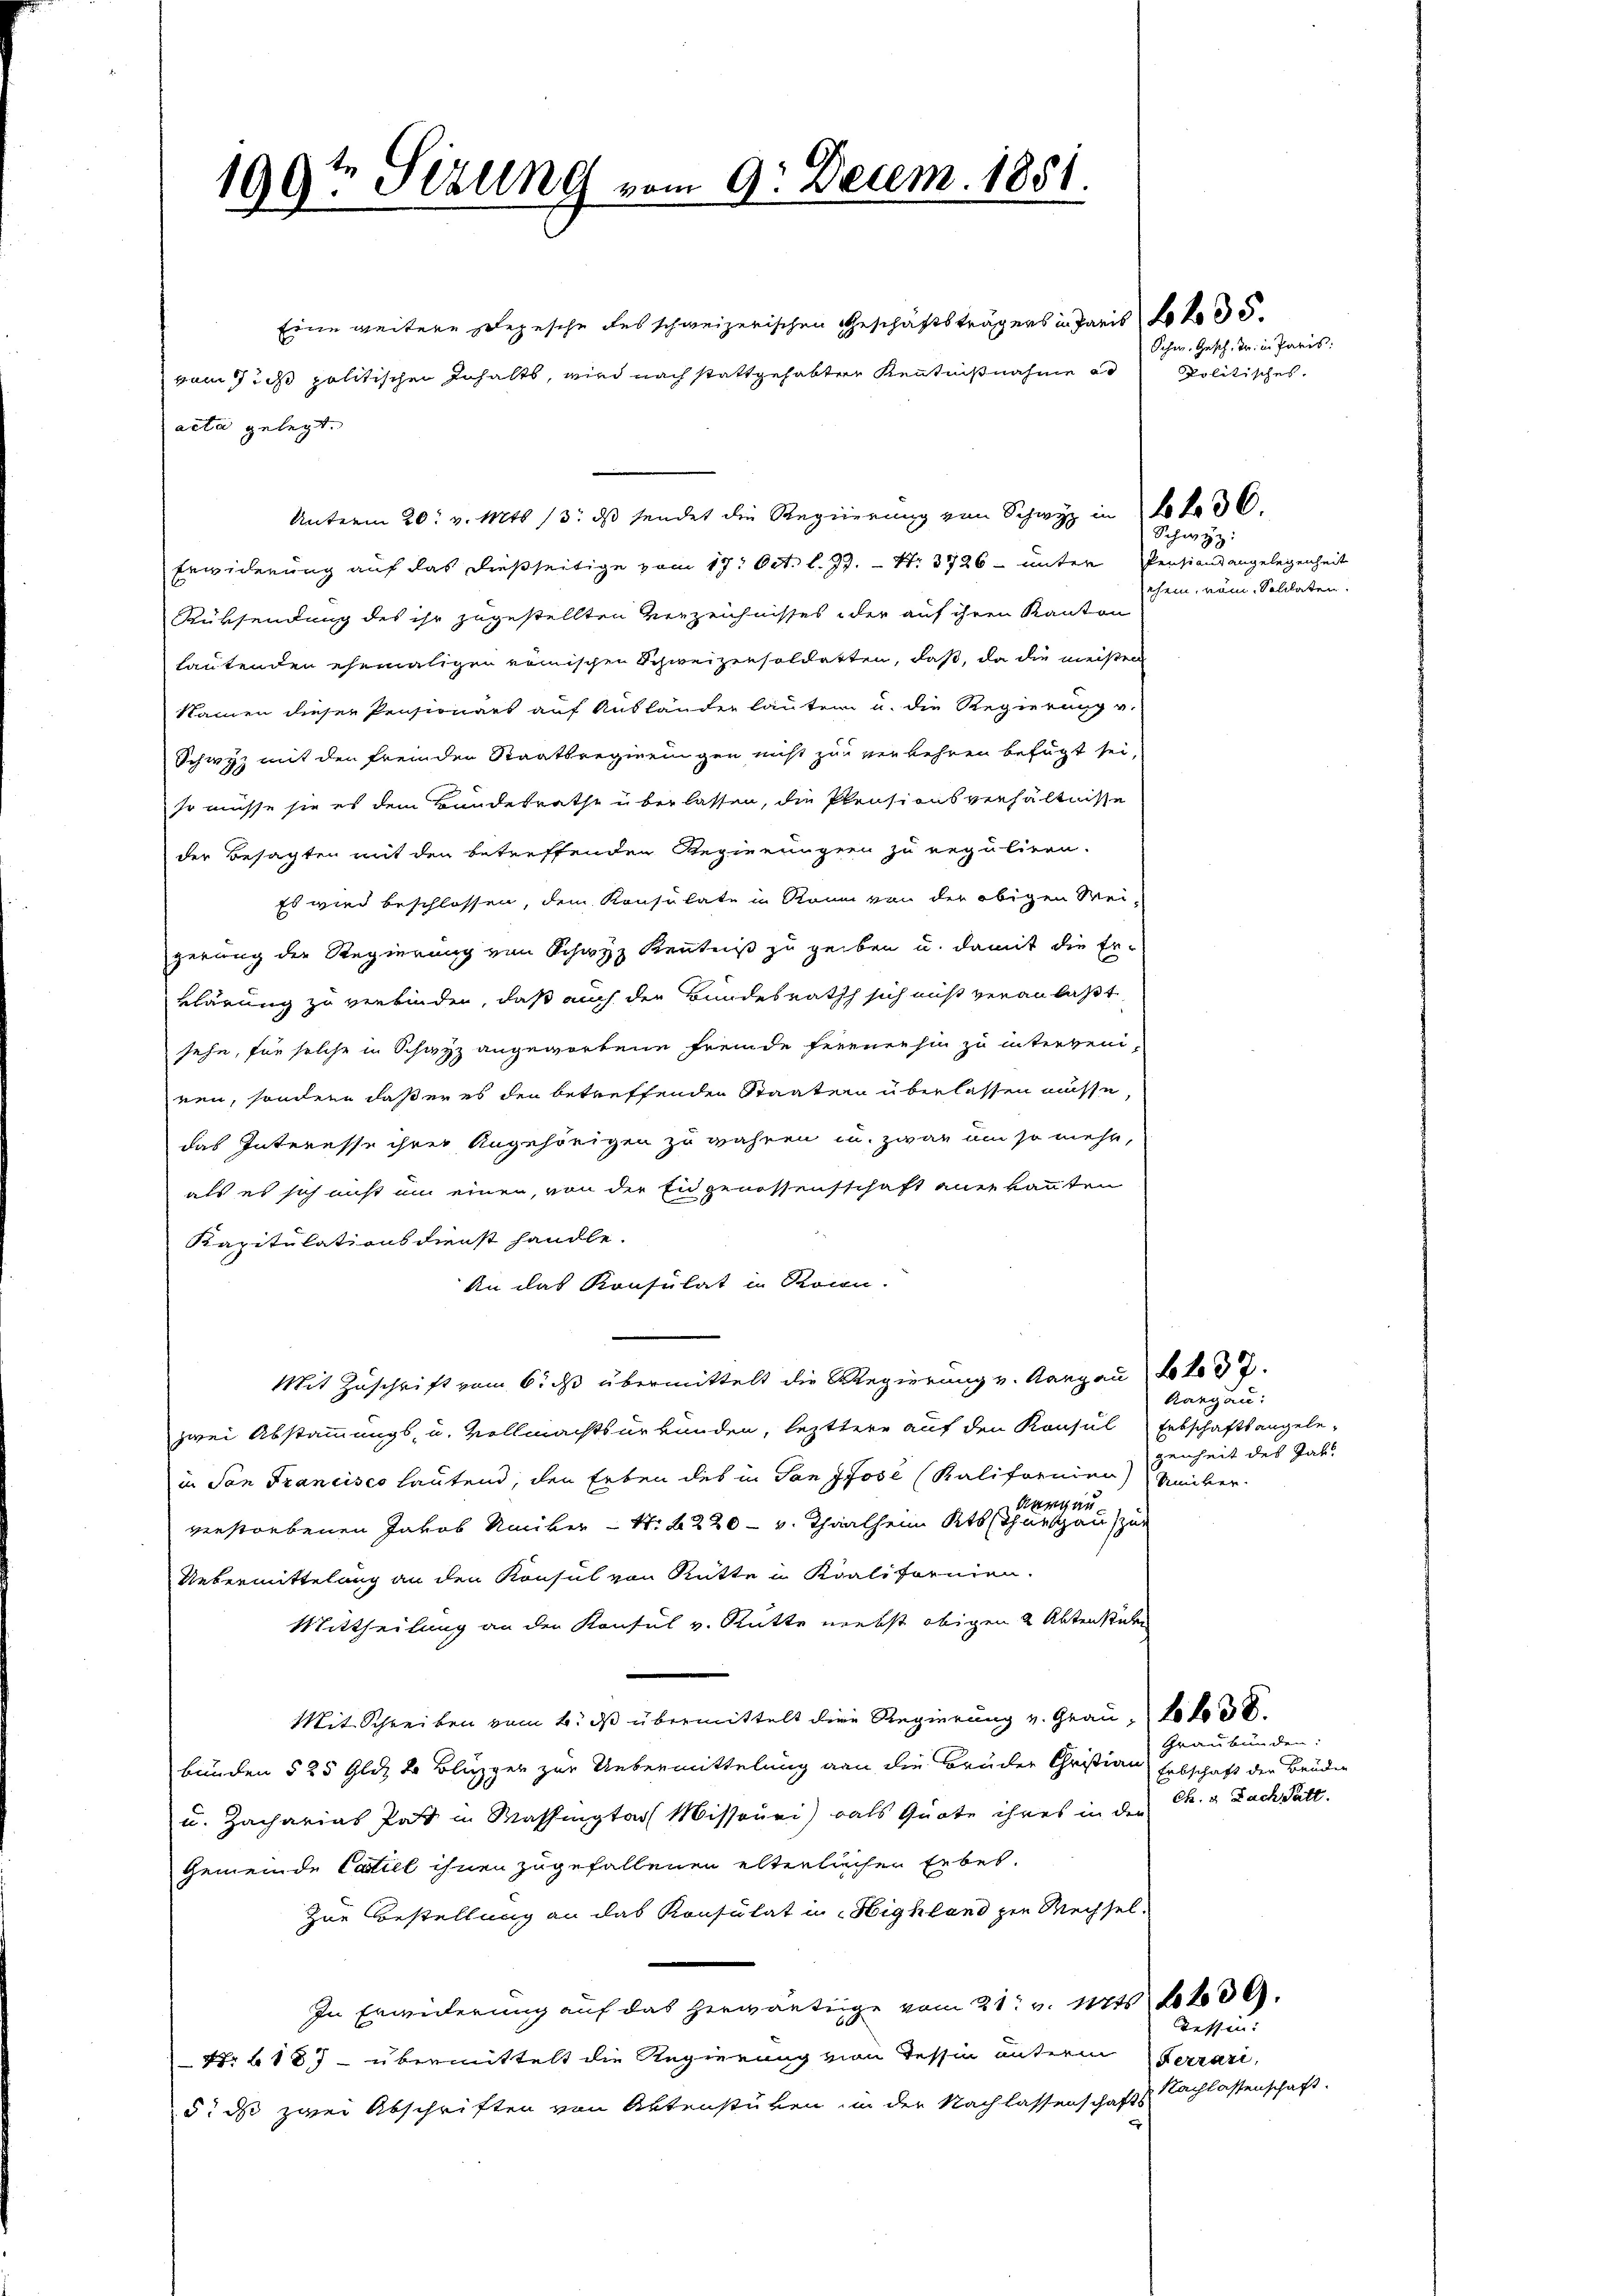
199te Sitzung vom 9. Decem. 1851.

Eine weitere Depesche des schweizerischen Geschäftsträgers in Paris foro 35.
vom 7 des politischen Inhalts, wird nach stattgehabten Kenntnißnahme ad Politisches.
acta gelegt.
.
Erwiderung auf das dießseitige vom 17. Oct. l. Js. - Nr. 3726 - unter Pensionsangelegenheit
Rüksendung des ihr zugestellten Verzeichnisses der auf ihren Kanton
lautenden ehemaligen römischen Schweizensoldatten, daß, da die meisten
Namen dieser Pensionärs auf Ausländer lauten u. die Regierung u.
Schwyz mit den fremden Staatsregierungen nicht zur Verkehren befugt sei,
so müsse sie es dem Bundesrathe überlassen, die Pensionsverhältnisse
der Besagten mit den betreffenden Reginnungern zu reguliren.
Es wird beschlossen, dem Konsulate in Raum von der obigen Wei-
gerung der Regierung von Schwyz Kenntniß zu geben u. damit die Er-
klärung zu verbinden, daß auch der Bundesrath sich nicht veranlaßt
sehe, für solche in Schwyz angeworbene Fremde fernenhin zu interveni-
ren, sondern daß er es den betreffenden Staaten überlassen müsse,
das Interesse ihrer Angehörigen zu währen u. zwar um so mehr,
als es sich nicht um einen, von der Eidgenossenschaft anerkannten
Kapitulationsdienst handle.
An das Konsulat in Rosen.
Mit Zuschrift vom 6. ds übermittelt die Regierung v. Aargau bt 37.
zwei Abstammungs- u. Vollmachtsurkunden, lezttere auf den Konsul Erbschaftsangele-
in San Francisco lautend, den Erben des in San Jose (Kaliformien Ueber¬
Aargau
verstorbenen Jakob Umiker - N. 220 - v. Thaalheim Kts schuesauszur
Uebermittelung an den Konsul von Rütte in Kralifornien.
Mittheilung an den Konsul v. Rütte nebst obigen 2 Aktenstücke
Mit Schreiben vom 6. ds übermittelt die Regierung v. Grau, so ko
bunden § 25 Gldz 2 Blüpper zur Uebermittelung von die Brüder Christian Erbschaft der Brüder
u. Zacharias Past in Massingter Missouri) als Quote ihres in der Ch. a Fach Palt.
Gemeinde Catill ihnen zugefallenen elterlichen Erbei¬
Zur Bestellung an das Konsulat in Highland per Wechsel-
In Erwiderung auf das herwärtige vom 21. v. Mts 639.
Nr. 187 - übermittelt die Regierung von Tessin unterm Ferrari,
5. ds zwei Abschriften von Aktenstüken, in der Nachlassenschafts

Schw. Gesch. Dr. in Paris.

Schwyz:

chem, nom. Solilaten.

Kargau:
genheit des Jak.

Graubünden:

Ressun
Nachlassenschaft.